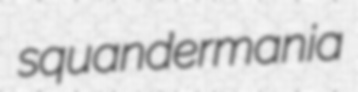
squandermania